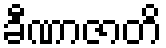
ခီဏာဇာတိ